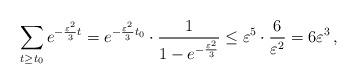
LaTeX: \begin{align*}\sum_{t\ge t_0}e^{-\frac{\varepsilon^2}{3}t}= e^{-\frac{\varepsilon^2}{3} t_0}\cdot \frac{1}{1-e^{-\frac{\varepsilon^2}{3}}}\le\varepsilon^5 \cdot \frac{6}{\varepsilon^2}=6\varepsilon^3\,,\end{align*}